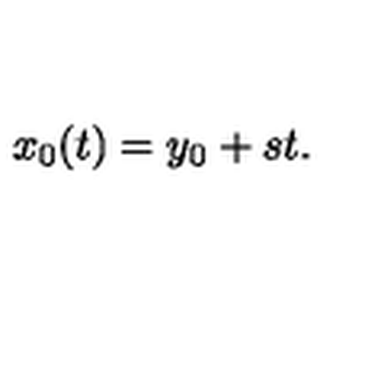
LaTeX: x _ { 0 } ( t ) = y _ { 0 } + s t .